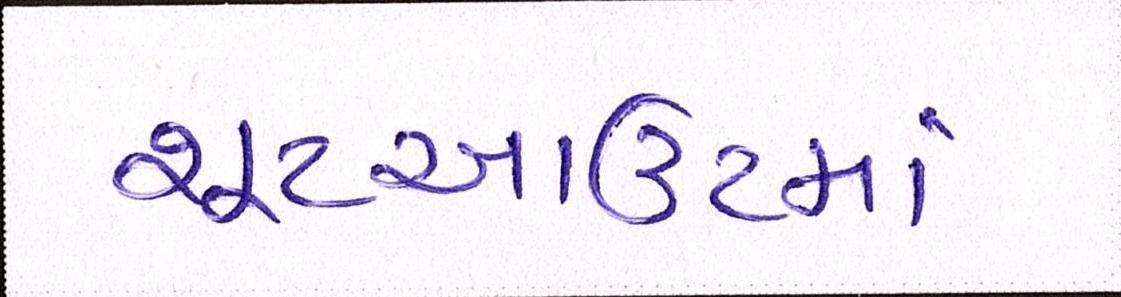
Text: શૂટઆઉટમાં